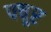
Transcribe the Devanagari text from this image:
पचूर